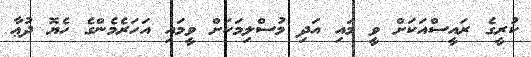
ކުރީގެ ރައީސްއަކަށް ވީ މައި އަދި މުސްލިމަކަށް ވީމައި އަހަރެމެންގެ ހެޔޮ ދުޢާ